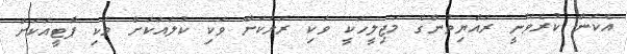
އެކަން ކުރެވޭނީ ރައްޔިތުންގެ މަޖިލީހަކީ ވަކި ރަށަކަށް ވަކި ކުލައަކަށް ވަކި ޕާޓީއަކަށް